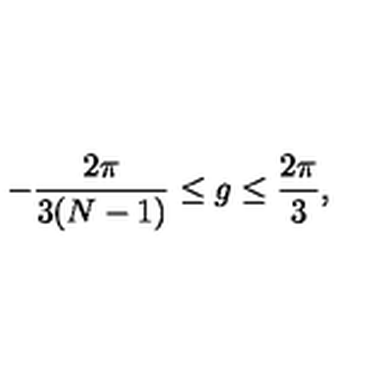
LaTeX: - \frac { 2 \pi } { 3 ( N - 1 ) } \leq g \leq \frac { 2 \pi } { 3 } ,